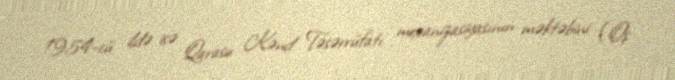
1954-cü ildə isə Qarasu Kənd Təsərrüfatı mexanizasiyasının məktəbini (Oş